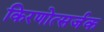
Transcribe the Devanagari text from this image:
किरणोत्सर्जक